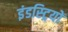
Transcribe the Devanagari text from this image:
इंडस्ट्रियों